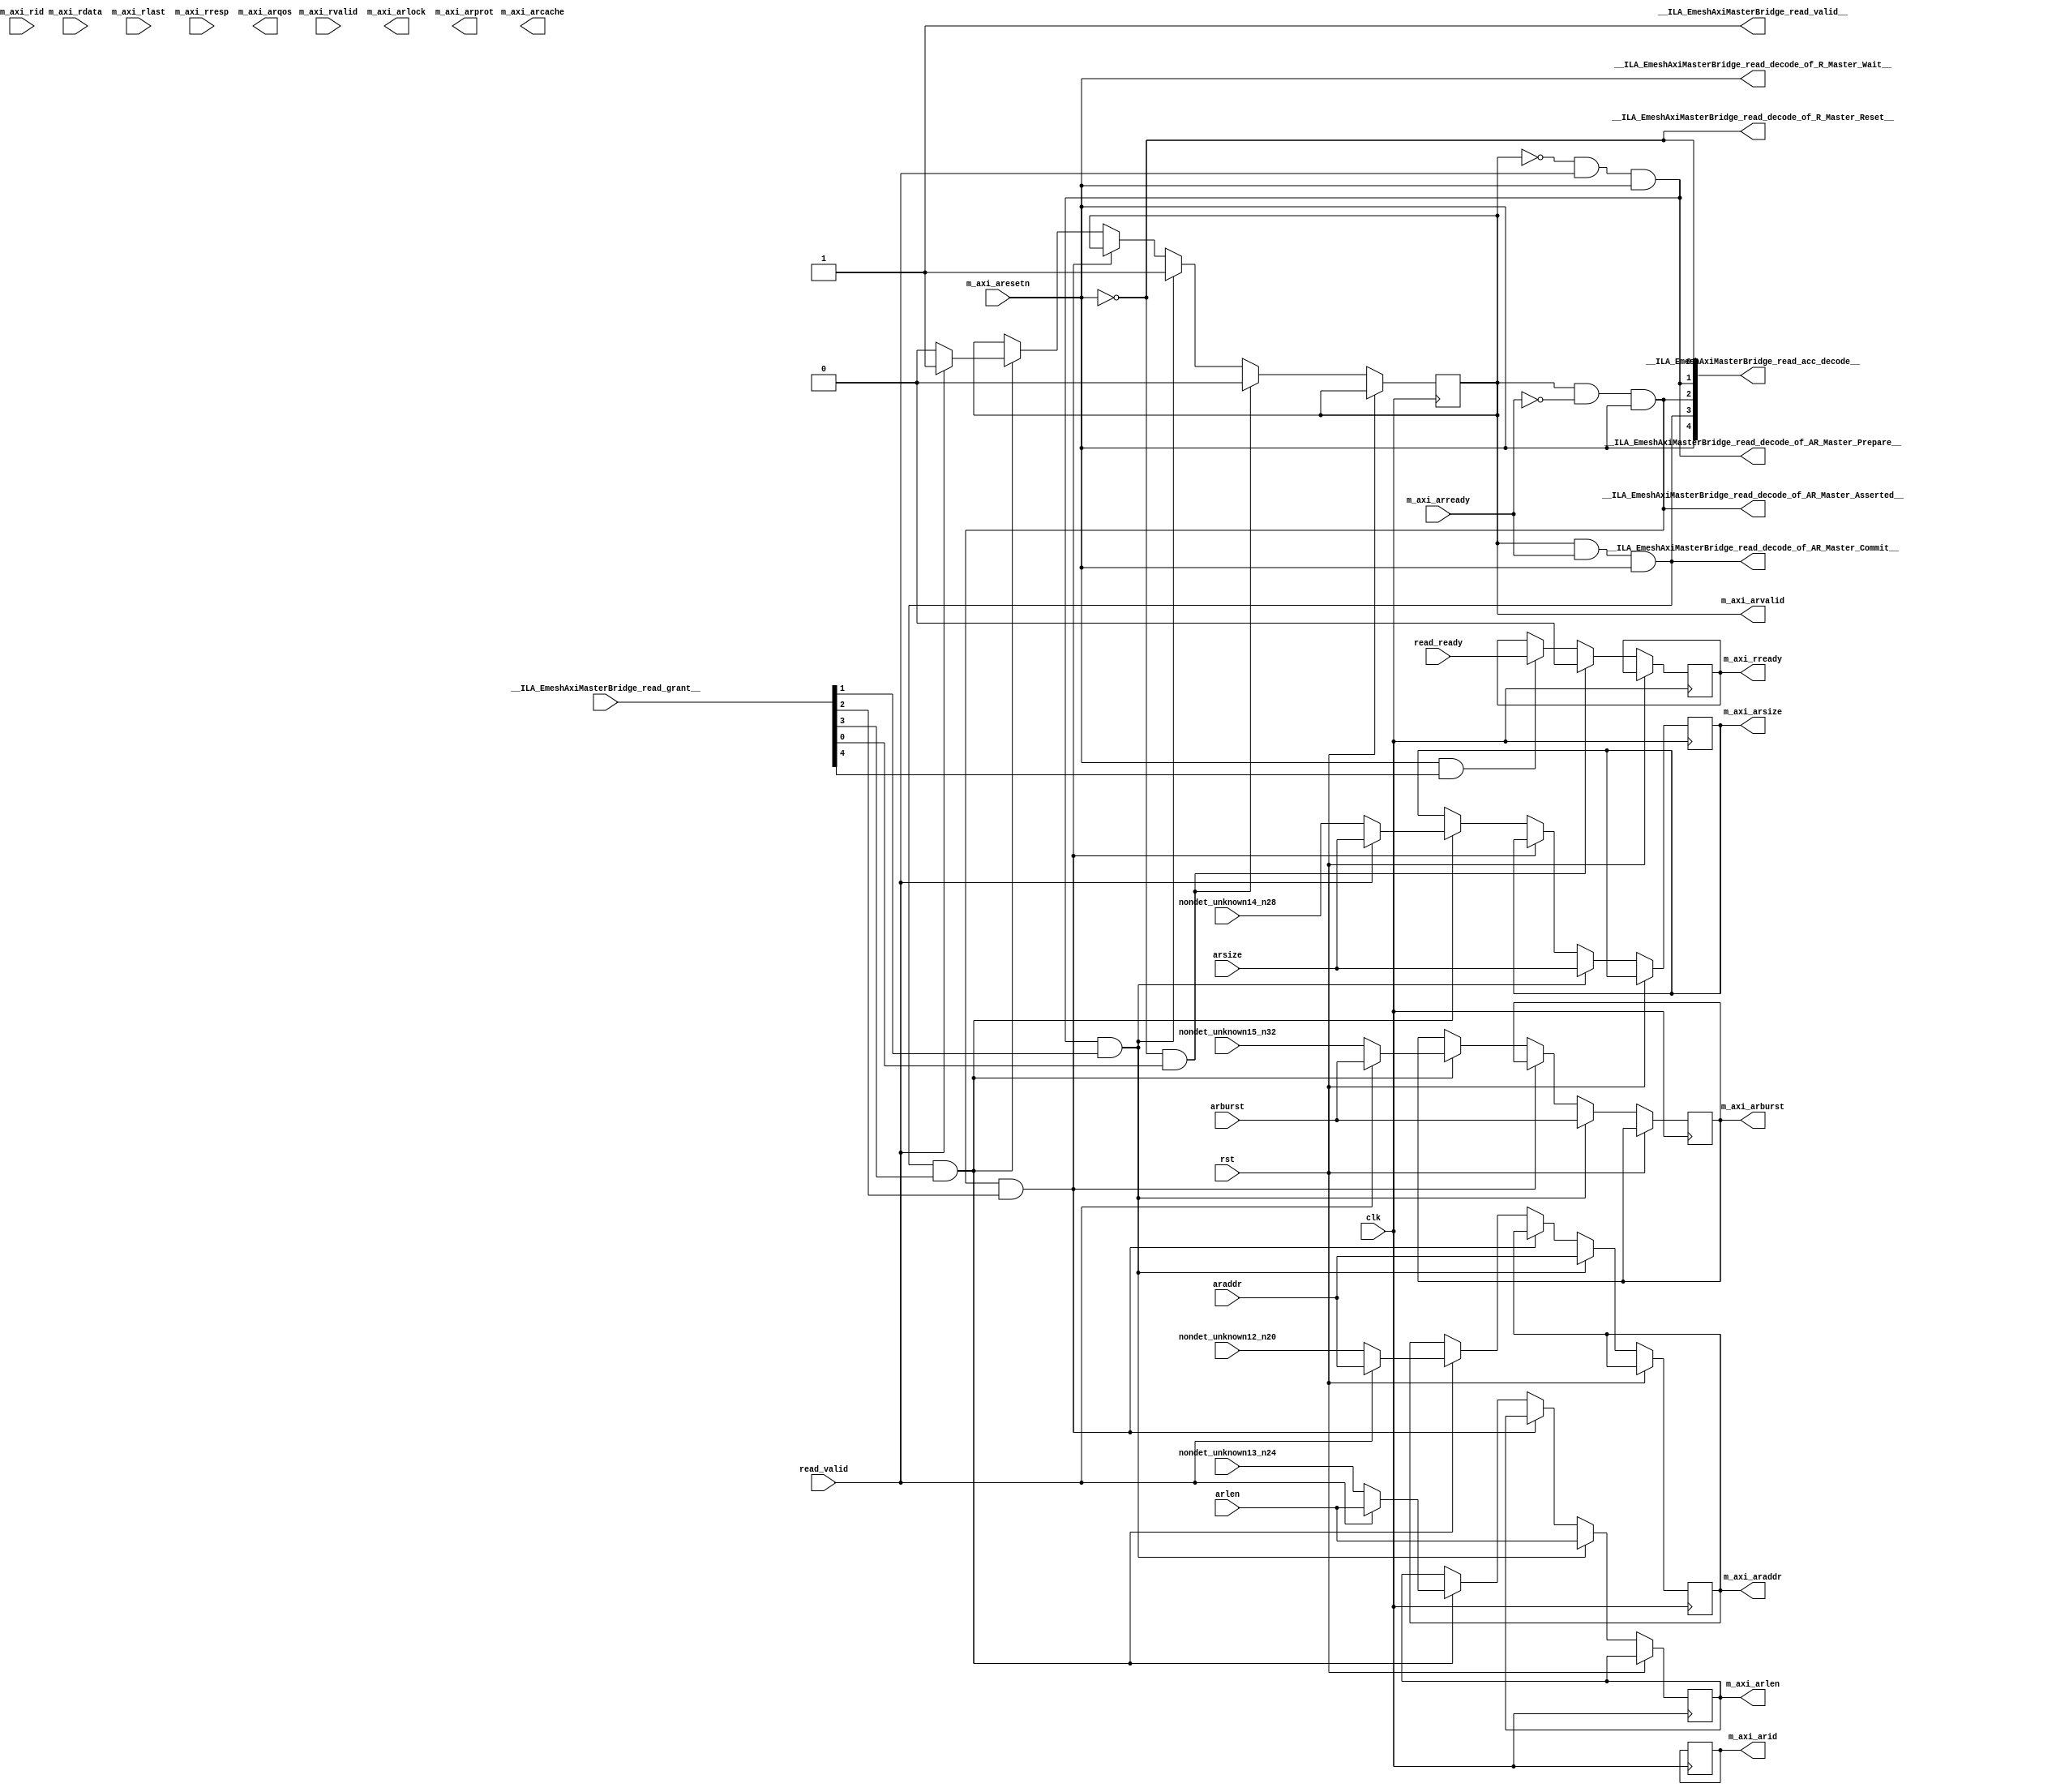
module EmeshAxiMasterBridge_read(
__ILA_EmeshAxiMasterBridge_read_grant__,
araddr,
arburst,
arlen,
arsize,
clk,
m_axi_aresetn,
m_axi_arready,
m_axi_rdata,
m_axi_rid,
m_axi_rlast,
m_axi_rresp,
m_axi_rvalid,
nondet_unknown12_n20,
nondet_unknown13_n24,
nondet_unknown14_n28,
nondet_unknown15_n32,
read_ready,
read_valid,
rst,
__ILA_EmeshAxiMasterBridge_read_acc_decode__,
__ILA_EmeshAxiMasterBridge_read_decode_of_AR_Master_Asserted__,
__ILA_EmeshAxiMasterBridge_read_decode_of_AR_Master_Commit__,
__ILA_EmeshAxiMasterBridge_read_decode_of_AR_Master_Prepare__,
__ILA_EmeshAxiMasterBridge_read_decode_of_R_Master_Reset__,
__ILA_EmeshAxiMasterBridge_read_decode_of_R_Master_Wait__,
__ILA_EmeshAxiMasterBridge_read_valid__,
m_axi_arid,
m_axi_araddr,
m_axi_arlen,
m_axi_arsize,
m_axi_arburst,
m_axi_arlock,
m_axi_arcache,
m_axi_arprot,
m_axi_arqos,
m_axi_arvalid,
m_axi_rready
);
input      [4:0] __ILA_EmeshAxiMasterBridge_read_grant__;
input     [31:0] araddr;
input      [1:0] arburst;
input      [7:0] arlen;
input      [2:0] arsize;
input            clk;
input            m_axi_aresetn;
input            m_axi_arready;
input     [63:0] m_axi_rdata;
input     [11:0] m_axi_rid;
input            m_axi_rlast;
input      [1:0] m_axi_rresp;
input            m_axi_rvalid;
input     [31:0] nondet_unknown12_n20;
input      [7:0] nondet_unknown13_n24;
input      [2:0] nondet_unknown14_n28;
input      [1:0] nondet_unknown15_n32;
input            read_ready;
input            read_valid;
input            rst;
output      [4:0] __ILA_EmeshAxiMasterBridge_read_acc_decode__;
output            __ILA_EmeshAxiMasterBridge_read_decode_of_AR_Master_Asserted__;
output            __ILA_EmeshAxiMasterBridge_read_decode_of_AR_Master_Commit__;
output            __ILA_EmeshAxiMasterBridge_read_decode_of_AR_Master_Prepare__;
output            __ILA_EmeshAxiMasterBridge_read_decode_of_R_Master_Reset__;
output            __ILA_EmeshAxiMasterBridge_read_decode_of_R_Master_Wait__;
output            __ILA_EmeshAxiMasterBridge_read_valid__;
output reg     [11:0] m_axi_arid;
output reg     [31:0] m_axi_araddr;
output reg      [7:0] m_axi_arlen;
output reg      [2:0] m_axi_arsize;
output reg      [1:0] m_axi_arburst;
output reg            m_axi_arlock;
output reg      [3:0] m_axi_arcache;
output reg      [2:0] m_axi_arprot;
output reg      [3:0] m_axi_arqos;
output reg            m_axi_arvalid;
output reg            m_axi_rready;
wire      [4:0] __ILA_EmeshAxiMasterBridge_read_acc_decode__;
wire            __ILA_EmeshAxiMasterBridge_read_decode_of_AR_Master_Asserted__;
wire            __ILA_EmeshAxiMasterBridge_read_decode_of_AR_Master_Commit__;
wire            __ILA_EmeshAxiMasterBridge_read_decode_of_AR_Master_Prepare__;
wire            __ILA_EmeshAxiMasterBridge_read_decode_of_R_Master_Reset__;
wire            __ILA_EmeshAxiMasterBridge_read_decode_of_R_Master_Wait__;
wire      [4:0] __ILA_EmeshAxiMasterBridge_read_grant__;
wire            __ILA_EmeshAxiMasterBridge_read_valid__;
wire     [31:0] araddr;
wire      [1:0] arburst;
wire      [7:0] arlen;
wire      [2:0] arsize;
wire            bv_1_0_n0;
wire            bv_1_1_n3;
wire            clk;
wire            m_axi_aresetn;
wire            m_axi_arready;
wire     [63:0] m_axi_rdata;
wire     [11:0] m_axi_rid;
wire            m_axi_rlast;
wire      [1:0] m_axi_rresp;
wire            m_axi_rvalid;
wire            n1;
wire            n10;
wire            n11;
wire            n12;
wire            n13;
wire            n14;
wire            n15;
wire            n16;
wire            n17;
wire            n18;
wire            n19;
wire            n2;
wire     [31:0] n21;
wire     [31:0] n22;
wire            n23;
wire      [7:0] n25;
wire      [7:0] n26;
wire            n27;
wire      [2:0] n29;
wire      [2:0] n30;
wire            n31;
wire      [1:0] n33;
wire      [1:0] n34;
wire            n35;
wire            n36;
wire            n4;
wire            n5;
wire            n6;
wire            n7;
wire            n8;
wire            n9;
wire     [31:0] nondet_unknown12_n20;
wire      [7:0] nondet_unknown13_n24;
wire      [2:0] nondet_unknown14_n28;
wire      [1:0] nondet_unknown15_n32;
wire            read_ready;
wire            read_valid;
wire            rst;
assign __ILA_EmeshAxiMasterBridge_read_valid__ = 1'b1 ;
assign bv_1_0_n0 = 1'h0 ;
assign n1 =  ( m_axi_aresetn ) == ( bv_1_0_n0 )  ;
assign __ILA_EmeshAxiMasterBridge_read_decode_of_R_Master_Reset__ = n1 ;
assign __ILA_EmeshAxiMasterBridge_read_acc_decode__[0] = __ILA_EmeshAxiMasterBridge_read_decode_of_R_Master_Reset__ ;
assign n2 =  ( m_axi_arvalid ) == ( bv_1_0_n0 )  ;
assign bv_1_1_n3 = 1'h1 ;
assign n4 =  ( read_valid ) == ( bv_1_1_n3 )  ;
assign n5 =  ( n2 ) & (n4 )  ;
assign n6 =  ( m_axi_aresetn ) == ( bv_1_1_n3 )  ;
assign n7 =  ( n5 ) & (n6 )  ;
assign __ILA_EmeshAxiMasterBridge_read_decode_of_AR_Master_Prepare__ = n7 ;
assign __ILA_EmeshAxiMasterBridge_read_acc_decode__[1] = __ILA_EmeshAxiMasterBridge_read_decode_of_AR_Master_Prepare__ ;
assign n8 =  ( m_axi_arvalid ) == ( bv_1_1_n3 )  ;
assign n9 =  ( m_axi_arready ) == ( bv_1_0_n0 )  ;
assign n10 =  ( n8 ) & (n9 )  ;
assign n11 =  ( m_axi_aresetn ) == ( bv_1_1_n3 )  ;
assign n12 =  ( n10 ) & (n11 )  ;
assign __ILA_EmeshAxiMasterBridge_read_decode_of_AR_Master_Asserted__ = n12 ;
assign __ILA_EmeshAxiMasterBridge_read_acc_decode__[2] = __ILA_EmeshAxiMasterBridge_read_decode_of_AR_Master_Asserted__ ;
assign n13 =  ( m_axi_arvalid ) == ( bv_1_1_n3 )  ;
assign n14 =  ( m_axi_arready ) == ( bv_1_1_n3 )  ;
assign n15 =  ( n13 ) & (n14 )  ;
assign n16 =  ( m_axi_aresetn ) == ( bv_1_1_n3 )  ;
assign n17 =  ( n15 ) & (n16 )  ;
assign __ILA_EmeshAxiMasterBridge_read_decode_of_AR_Master_Commit__ = n17 ;
assign __ILA_EmeshAxiMasterBridge_read_acc_decode__[3] = __ILA_EmeshAxiMasterBridge_read_decode_of_AR_Master_Commit__ ;
assign n18 =  ( m_axi_aresetn ) == ( bv_1_1_n3 )  ;
assign __ILA_EmeshAxiMasterBridge_read_decode_of_R_Master_Wait__ = n18 ;
assign __ILA_EmeshAxiMasterBridge_read_acc_decode__[4] = __ILA_EmeshAxiMasterBridge_read_decode_of_R_Master_Wait__ ;
assign n19 =  ( read_valid ) == ( bv_1_1_n3 )  ;
assign n21 = nondet_unknown12_n20 ;
assign n22 =  ( n19 ) ? ( araddr ) : ( n21 ) ;
assign n23 =  ( read_valid ) == ( bv_1_1_n3 )  ;
assign n25 = nondet_unknown13_n24 ;
assign n26 =  ( n23 ) ? ( arlen ) : ( n25 ) ;
assign n27 =  ( read_valid ) == ( bv_1_1_n3 )  ;
assign n29 = nondet_unknown14_n28 ;
assign n30 =  ( n27 ) ? ( arsize ) : ( n29 ) ;
assign n31 =  ( read_valid ) == ( bv_1_1_n3 )  ;
assign n33 = nondet_unknown15_n32 ;
assign n34 =  ( n31 ) ? ( arburst ) : ( n33 ) ;
assign n35 =  ( read_valid ) == ( bv_1_1_n3 )  ;
assign n36 =  ( n35 ) ? ( bv_1_1_n3 ) : ( bv_1_0_n0 ) ;
always @(posedge clk) begin
   if(rst) begin
   end
   else if(__ILA_EmeshAxiMasterBridge_read_valid__) begin
       if ( __ILA_EmeshAxiMasterBridge_read_decode_of_AR_Master_Asserted__ && __ILA_EmeshAxiMasterBridge_read_grant__[2] ) begin
           m_axi_arid <= m_axi_arid;
       end
       if ( __ILA_EmeshAxiMasterBridge_read_decode_of_AR_Master_Prepare__ && __ILA_EmeshAxiMasterBridge_read_grant__[1] ) begin
           m_axi_araddr <= araddr;
       end else if ( __ILA_EmeshAxiMasterBridge_read_decode_of_AR_Master_Asserted__ && __ILA_EmeshAxiMasterBridge_read_grant__[2] ) begin
           m_axi_araddr <= m_axi_araddr;
       end else if ( __ILA_EmeshAxiMasterBridge_read_decode_of_AR_Master_Commit__ && __ILA_EmeshAxiMasterBridge_read_grant__[3] ) begin
           m_axi_araddr <= n22;
       end
       if ( __ILA_EmeshAxiMasterBridge_read_decode_of_AR_Master_Prepare__ && __ILA_EmeshAxiMasterBridge_read_grant__[1] ) begin
           m_axi_arlen <= arlen;
       end else if ( __ILA_EmeshAxiMasterBridge_read_decode_of_AR_Master_Asserted__ && __ILA_EmeshAxiMasterBridge_read_grant__[2] ) begin
           m_axi_arlen <= m_axi_arlen;
       end else if ( __ILA_EmeshAxiMasterBridge_read_decode_of_AR_Master_Commit__ && __ILA_EmeshAxiMasterBridge_read_grant__[3] ) begin
           m_axi_arlen <= n26;
       end
       if ( __ILA_EmeshAxiMasterBridge_read_decode_of_AR_Master_Prepare__ && __ILA_EmeshAxiMasterBridge_read_grant__[1] ) begin
           m_axi_arsize <= arsize;
       end else if ( __ILA_EmeshAxiMasterBridge_read_decode_of_AR_Master_Asserted__ && __ILA_EmeshAxiMasterBridge_read_grant__[2] ) begin
           m_axi_arsize <= m_axi_arsize;
       end else if ( __ILA_EmeshAxiMasterBridge_read_decode_of_AR_Master_Commit__ && __ILA_EmeshAxiMasterBridge_read_grant__[3] ) begin
           m_axi_arsize <= n30;
       end
       if ( __ILA_EmeshAxiMasterBridge_read_decode_of_AR_Master_Prepare__ && __ILA_EmeshAxiMasterBridge_read_grant__[1] ) begin
           m_axi_arburst <= arburst;
       end else if ( __ILA_EmeshAxiMasterBridge_read_decode_of_AR_Master_Asserted__ && __ILA_EmeshAxiMasterBridge_read_grant__[2] ) begin
           m_axi_arburst <= m_axi_arburst;
       end else if ( __ILA_EmeshAxiMasterBridge_read_decode_of_AR_Master_Commit__ && __ILA_EmeshAxiMasterBridge_read_grant__[3] ) begin
           m_axi_arburst <= n34;
       end
       if ( __ILA_EmeshAxiMasterBridge_read_decode_of_R_Master_Reset__ && __ILA_EmeshAxiMasterBridge_read_grant__[0] ) begin
           m_axi_arvalid <= bv_1_0_n0;
       end else if ( __ILA_EmeshAxiMasterBridge_read_decode_of_AR_Master_Prepare__ && __ILA_EmeshAxiMasterBridge_read_grant__[1] ) begin
           m_axi_arvalid <= bv_1_1_n3;
       end else if ( __ILA_EmeshAxiMasterBridge_read_decode_of_AR_Master_Asserted__ && __ILA_EmeshAxiMasterBridge_read_grant__[2] ) begin
           m_axi_arvalid <= m_axi_arvalid;
       end else if ( __ILA_EmeshAxiMasterBridge_read_decode_of_AR_Master_Commit__ && __ILA_EmeshAxiMasterBridge_read_grant__[3] ) begin
           m_axi_arvalid <= n36;
       end
       if ( __ILA_EmeshAxiMasterBridge_read_decode_of_R_Master_Reset__ && __ILA_EmeshAxiMasterBridge_read_grant__[0] ) begin
           m_axi_rready <= bv_1_0_n0;
       end else if ( __ILA_EmeshAxiMasterBridge_read_decode_of_R_Master_Wait__ && __ILA_EmeshAxiMasterBridge_read_grant__[4] ) begin
           m_axi_rready <= read_ready;
       end
   end
end
endmodule